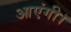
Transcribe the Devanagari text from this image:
आएंगी।